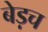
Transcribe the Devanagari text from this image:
बेड़च